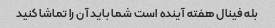
بله فینال هفته آینده است شما باید آن را تماشا کنید